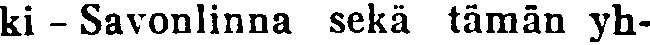
ki - Savonlinna sekä tämän yh-